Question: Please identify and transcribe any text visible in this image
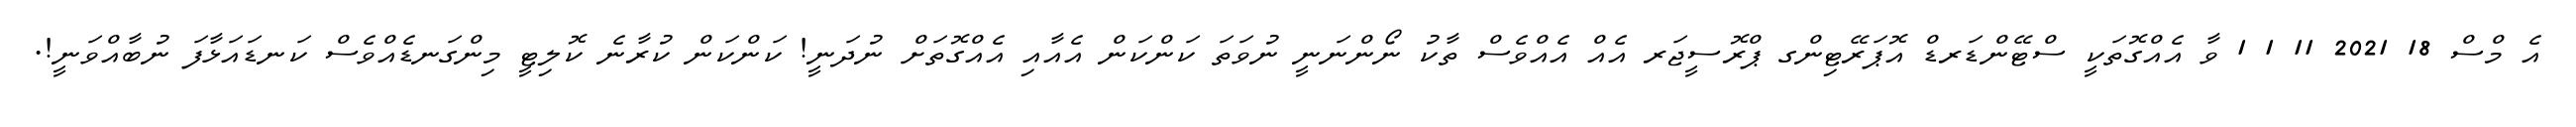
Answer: އެ މްސް 18 2021 11 1 1 ވާ އެއްގޮތަކީ ސްޓޭންޑަރޑް އޮޕަރޭޓިންގ ޕްރޮސީޖަރ އެއް އެއްވެސް ތާކު ނޯންނަނީ ނުވަތަ ކަންކަން އެއާއި އެއްގޮތަށް ނުދަނީ! ކަންކަން ކުރާނެ ކޮލިޓީ މިންގަނޑެއްވެސް ކަނޑައަޅާފަ ނުބާއްވަނީ!.